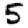
Digit: 5